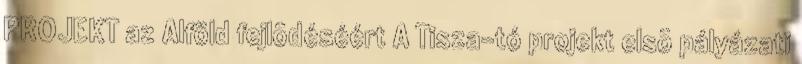
PROJEKT az Alföld fejlõdéséért A Tisza-tó projekt elsõ pályázati